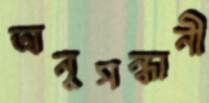
অনুসন্ধানী